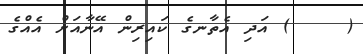
(    ) އަދި އެތާނގެ ކައިރިން އޭނާއަށް އެއްގެ